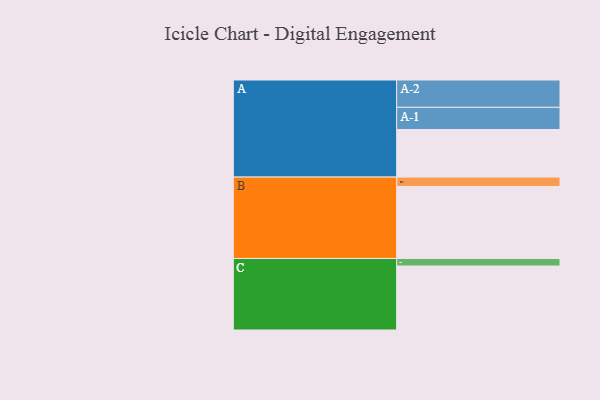
{"axis": {"x": "Segment", "y": "Value"}, "legend": ["", "A", "B", "C"], "data": [{"x": "A", "y": 385, "type": ""}, {"x": "B", "y": 583, "type": ""}, {"x": "C", "y": 518, "type": ""}, {"x": "A-1", "y": 180, "type": "A"}, {"x": "A-2", "y": 221, "type": "A"}, {"x": "B-1", "y": 76, "type": "B"}, {"x": "C-1", "y": 61, "type": "C"}]}